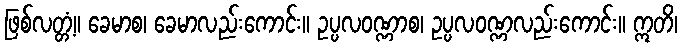
ဖြစ်လတ္တံ့။ ခေမာစ၊ ခေမာလည်းကောင်း။ ဥပ္ပလဝဏ္ဏာစ၊ ဥပ္ပလဝဏ္ဏလည်းကောင်း။ ဣတိ၊